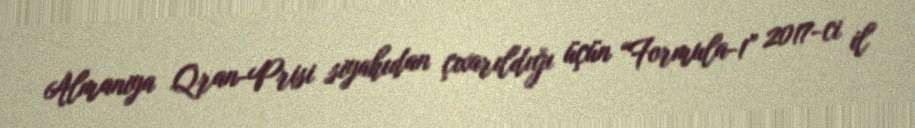
Almaniya Qran-Prisi siyahıdan çıxarıldığı üçün “Formula-1” 2017-ci il